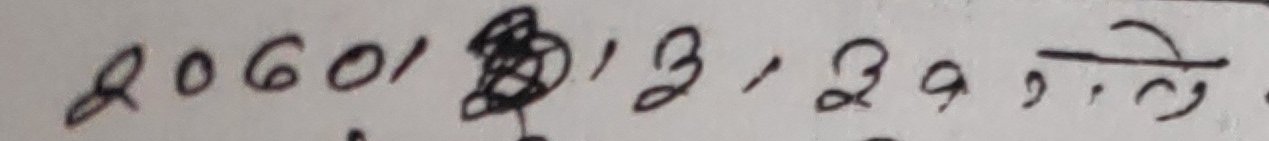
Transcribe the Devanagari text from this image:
२०६०१/१३, २९, ते.